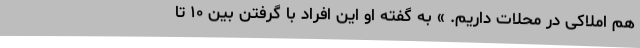
هم املاکی در محلات داریم. » به گفته او این افراد با گرفتن بین ۱۰ تا